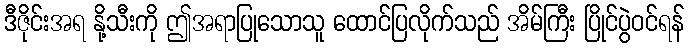
ဒီဇိုင်းအရ နို့သီးကို ဤအရာပြုသောသူ ထောင်ပြလိုက်သည် အိမ်ကြီး ပြိုင်ပွဲဝင်ရန်